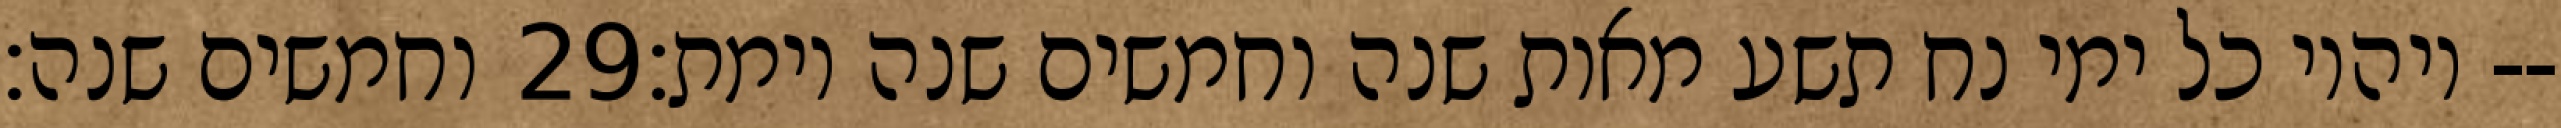
וחמשים שנה׃ ‎29‏ ויהיו כל ימי נח תשע מאות שנה וחמשים שנה וימת׃--